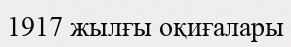
1917 жылғы оқиғалары